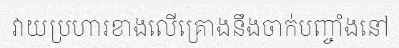
វាយប្រហារខាងលើគ្រោងនឹងចាក់បញ្ចាំងនៅ